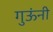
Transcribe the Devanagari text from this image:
गुऊंनी